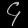
Digit: ၄